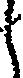
く